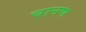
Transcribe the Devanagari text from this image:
चानण